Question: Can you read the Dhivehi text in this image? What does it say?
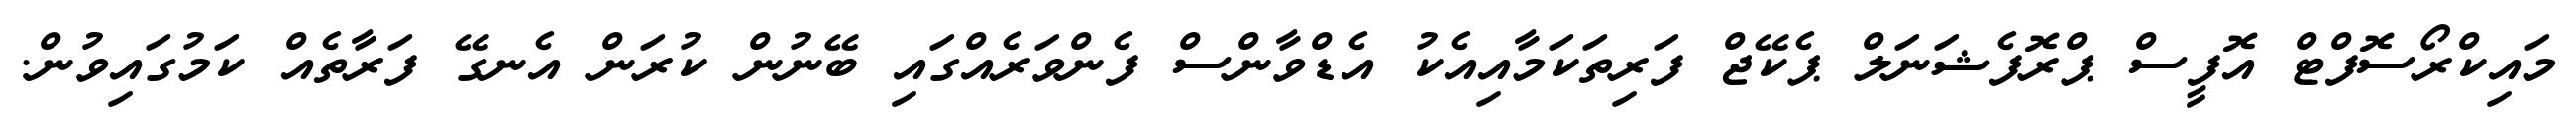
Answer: މައިކްރޯސޮފްޓް އޮފީސް ޕްރޮފެޝަނަލް ޕެކޭޖް ފަރިތަކަމާއިއެކު އެޑްވާންސް ފެންވަރެއްގައި ބޭނުން ކުރަން އެނގޭ ފަރާތެއް ކަމުގައިވުން.